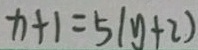
x + 1 = 5 ( y + 2 )